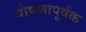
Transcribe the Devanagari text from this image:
घोषणापूर्वक